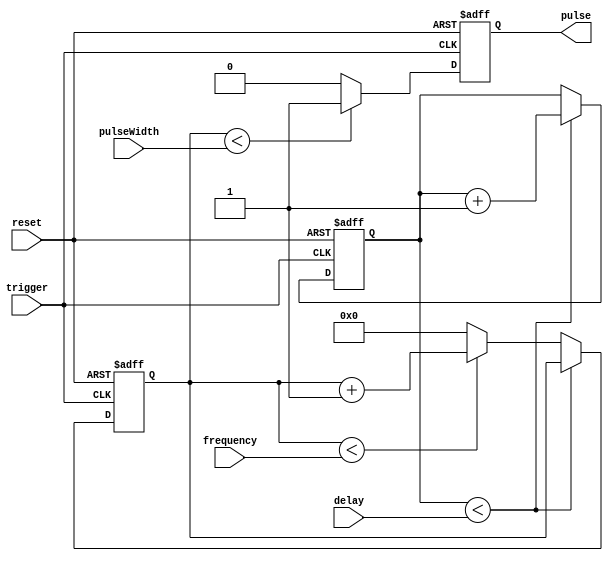
module ProgrammablePulseGenerator (
    input wire trigger,
    input wire reset,
    input wire [31:0] pulseWidth,
    input wire [31:0] frequency,
    input wire [31:0] delay,
    output reg pulse
);

reg [31:0] counter;
reg [31:0] delayCounter;

initial begin
    counter <= 0;
    delayCounter <= 0;
    pulse <= 0;
end

always @(posedge trigger or posedge reset) begin
    if (reset) begin
        counter <= 0;
        delayCounter <= 0;
        pulse <= 0;
    end else begin
        if (counter < pulseWidth) begin
            pulse <= 1;
        end else begin
            pulse <= 0;
        end
        
        if (delayCounter < delay) begin
            delayCounter <= delayCounter + 1;
        end else begin
            if (counter < frequency) begin
                counter <= counter + 1;
            end else begin
                counter <= 0;
            end
        end
    end
end

endmodule